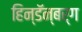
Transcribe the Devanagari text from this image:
हिन्डॅन्बर्ग